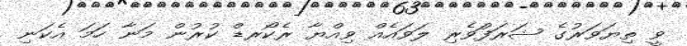
ވީ ތިޔަވަރުގެ ޝަރަފަުވެރި ލަވައެއް ވިއްޔާ ރެކޯރޑް ކުރުން މަނާ ހަމަ އެކަނި